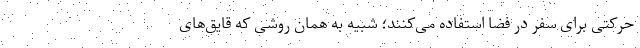
حرکتی برای سفر در فضا استفاده می‌کنند؛ شبیه به همان روشی که قایق‌های